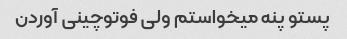
پستو پنه میخواستم ولی فوتوچینی آوردن